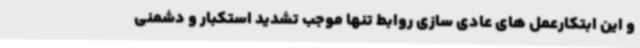
و این ابتکارعمل های عادی سازی روابط تنها موجب تشدید استکبار و دشمنی